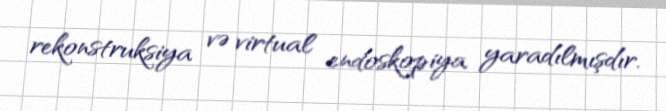
rekonstruksiya və virtual endoskopiya yaradılmışdır.